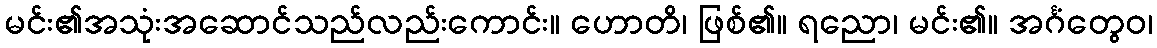
မင်း၏အသုံးအဆောင်သည်လည်းကောင်း။ ဟောတိ၊ ဖြစ်၏။ ရညော၊ မင်း၏။ အင်္ဂံတွေဝ၊